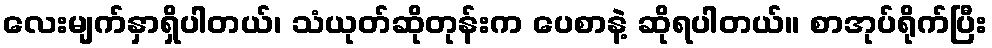
လေးမျက်နှာရှိပါတယ်၊ သံယုတ်ဆိုတုန်းက ပေစာနဲ့ ဆိုရပါတယ်။ စာအုပ်ရိုက်ပြီး